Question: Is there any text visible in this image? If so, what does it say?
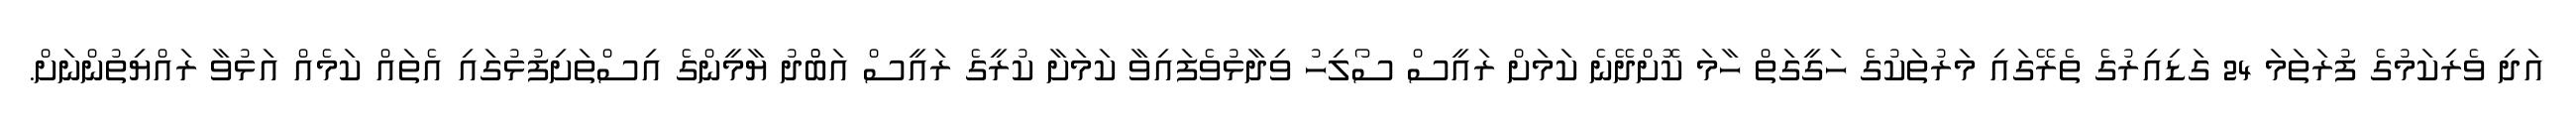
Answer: އަދި ވެރިކަމުގެ ފުރަތަމަ 24 ގަޑިއިރުގެ ތެރޭގައި މަރުތަކުގެ ހަގީގަތް ހާމަ ކޮށްދޭނެ ކަމަށް ރައީސް ސޯލިހު ވިދާޅުވެފައިވާ ކަމަށާ ކުރީގެ ރައީސް އަބްުދު ޔާމީންގެ އިސްތަށިފުޅުގައި އެތައް ކަމެއް އަޅުވާ ރައްޔިތުންނަށް.